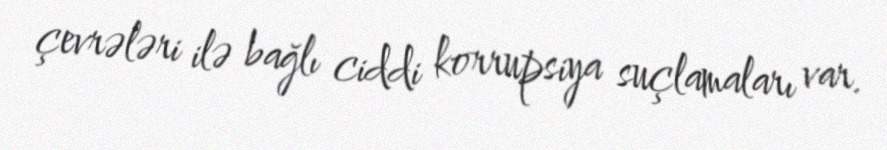
çevrələri ilə bağlı ciddi korrupsiya suçlamaları var.